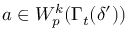
a \in W _ { p } ^ { k } ( \Gamma _ { t } ( \delta ^ { \prime } ) )